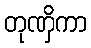
တုဏှိကာ